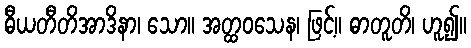
ဓီယတီတိအာဒိနာ၊ သော။ အတ္ထဝသေန၊ ဖြင့်။ ဓာတူတိ၊ ဟူ၍။